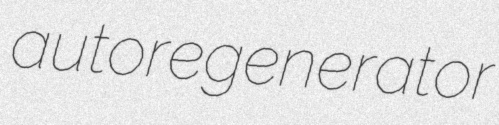
autoregenerator